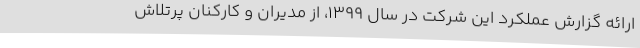
ارائه گزارش عملکرد این شرکت در سال 1399، از مدیران و کارکنان پرتلاش